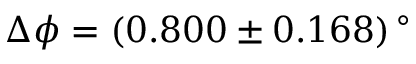
\Delta \phi = ( 0 . 8 0 0 \pm 0 . 1 6 8 ) \, ^ { \circ }